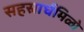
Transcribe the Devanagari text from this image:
सहस्रार्घमिळो